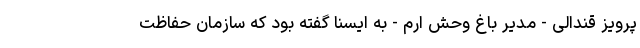
پرویز قندالی - مدیر باغ وحش ارم - به ایسنا گفته بود که سازمان حفاظت